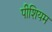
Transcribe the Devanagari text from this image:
पीशियम